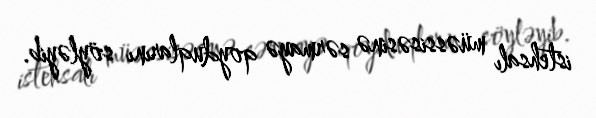
istehsalı müəssisəsinə sərmayə qoyduqlarını söyləyib.